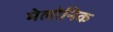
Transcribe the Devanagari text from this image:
मेलोनिक